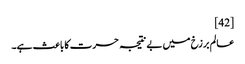
[42]
عالم برزخ میں بے نتیجہ حسرت کا باعث ہے۔